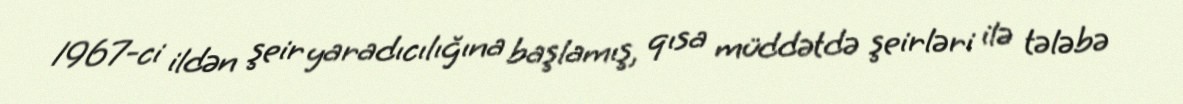
1967-ci ildən şeir yaradıcılığına başlamış, qısa müddətdə şeirləri ilə tələbə